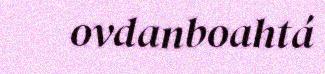
ovdanboahtá